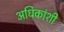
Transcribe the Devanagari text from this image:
अधिकांशी